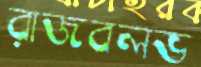
রাজবলভ